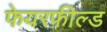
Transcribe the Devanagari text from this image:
फेयरफ़ील्ड